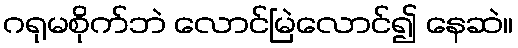
ဂရုမစိုက်ဘဲ လောင်မြဲလောင်၍ နေဆဲ။